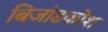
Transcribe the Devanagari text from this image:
बिजांडकोश